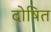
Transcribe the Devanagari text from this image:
दोषित